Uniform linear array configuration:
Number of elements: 4
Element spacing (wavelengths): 0.75
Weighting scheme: hann
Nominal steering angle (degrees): -15
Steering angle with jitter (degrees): -15.047
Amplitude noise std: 0.05
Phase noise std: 0.05

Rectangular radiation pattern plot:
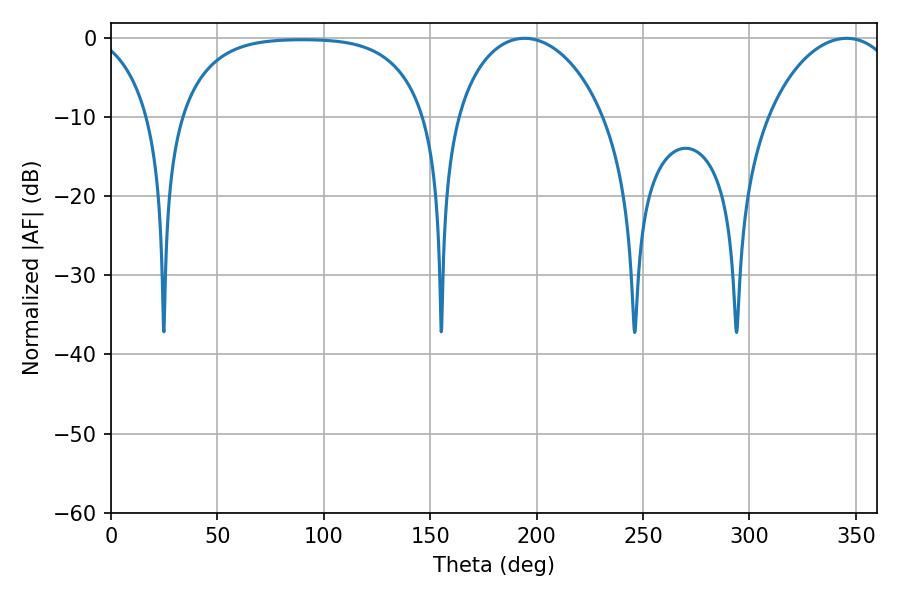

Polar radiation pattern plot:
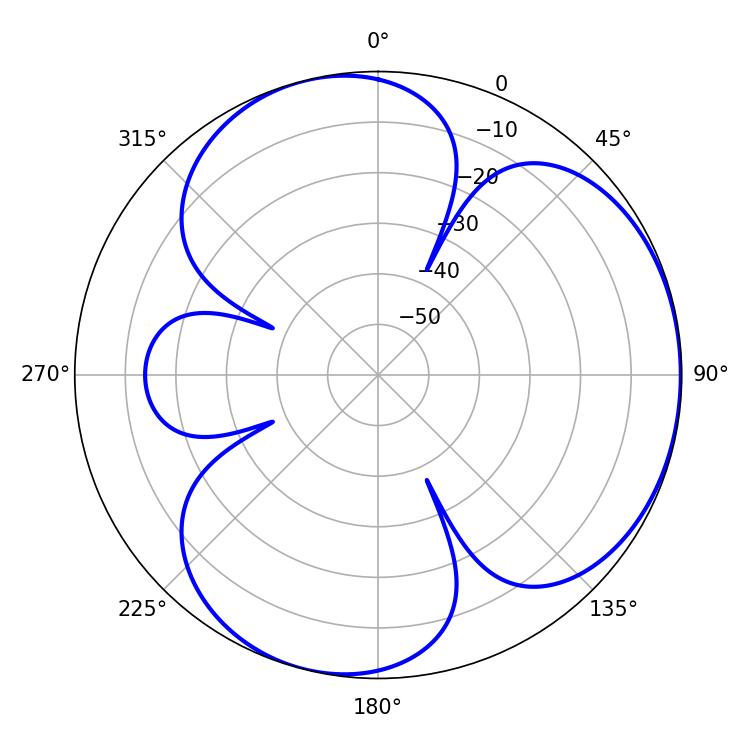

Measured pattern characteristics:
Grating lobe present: TRUE
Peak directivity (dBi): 3.909
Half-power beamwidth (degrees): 40.32
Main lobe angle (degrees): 194.4